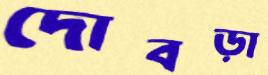
দোবড়া